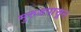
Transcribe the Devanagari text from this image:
मुरुडपासून